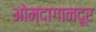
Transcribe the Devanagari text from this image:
ओम्दागानदूर